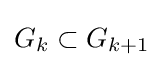
G_{k}\subset G_{k+1}